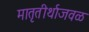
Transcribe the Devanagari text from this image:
मातृतीर्थाजवळ